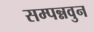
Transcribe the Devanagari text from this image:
सम्पन्नवुन